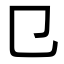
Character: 㔾